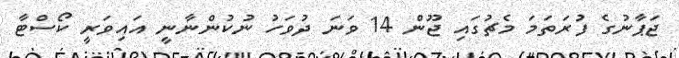
ޖަޕާނުގެ ފުރަތަމަ މެޗުގައި ޖޫން 14 ވަނަ ދުވަހު ނުކުންނާނީ އައިވަރީ ކޯސްޓާ